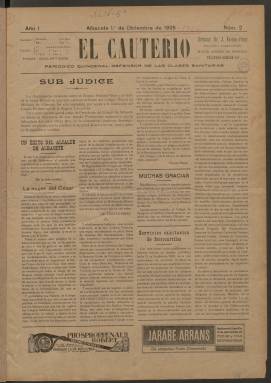
Título: El Cauterio (Albacete)
Colección: Medicina
Ámbito geográfico: Albacete
Lugar de publicación: Albacete
Fechas: 01/12/1925-01/08/1926